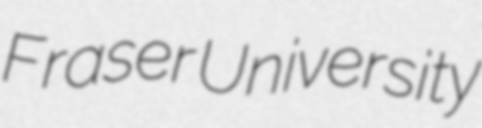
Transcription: Fraser University